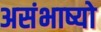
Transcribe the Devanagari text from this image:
असंभाष्यो